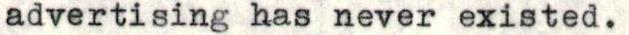
advertising has never existed.